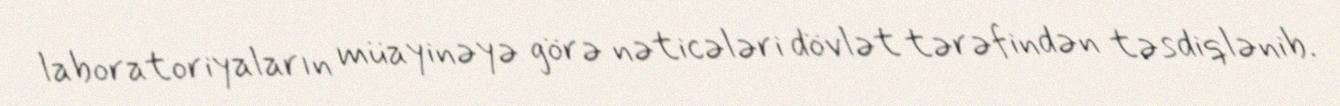
laboratoriyaların müayinəyə görə nəticələri dövlət tərəfindən təsdiqlənib.